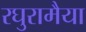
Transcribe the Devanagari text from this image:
रघुरामैया